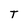
Character: T